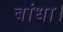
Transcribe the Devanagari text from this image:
बांधा।